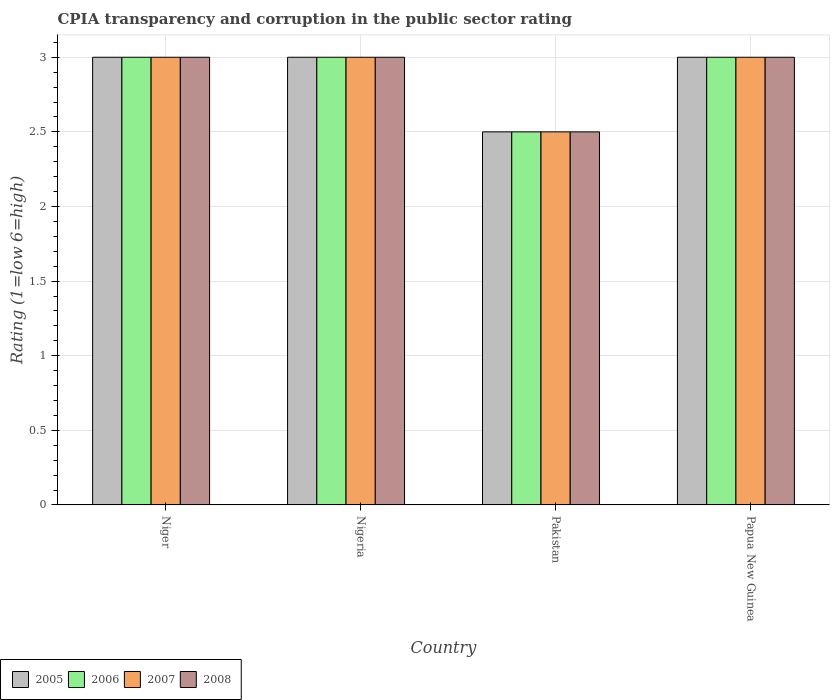
| Country | 2005 | 2006 | 2007 | 2008 |
 | --- | --- | --- | --- | --- |
 | Niger | 3 | 3 | 3 | 3 |
 | Nigeria | 3 | 3 | 3 | 3 |
 | Pakistan | 2.5 | 2.5 | 2.5 | 2.5 |
 | Papua New Guinea | 3 | 3 | 3 | 3 |